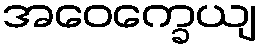
အဝေက္ခေယျ